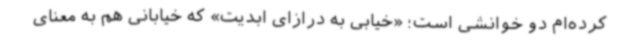
کرده‌ام دو خوانشی است؛ «خیابی به درازای ابدیت» که خیابانی هم به معنای